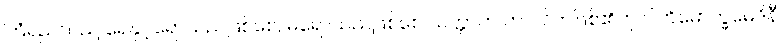
ကြံရည်သည် ရေနှင့်ရောသည်ဖြစ်စေ, မရောသည်ဖြစ်စေ သတ္တာဟ ကာလိကဖြစ်၏ဟု ပါတိမောက္ခမေဒိနီ